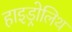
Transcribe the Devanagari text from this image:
हाइड्रोलिथ